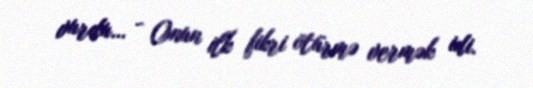
vurdu… - Onun ilk fikri ötürmə vermək idi.